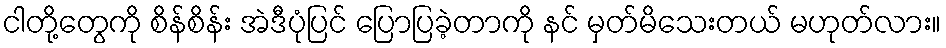
ငါတို့တွေကို စိန်စိန်း အဲဒီပုံပြင် ပြောပြခဲ့တာကို နင် မှတ်မိသေးတယ် မဟုတ်လား။